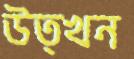
উত্খন